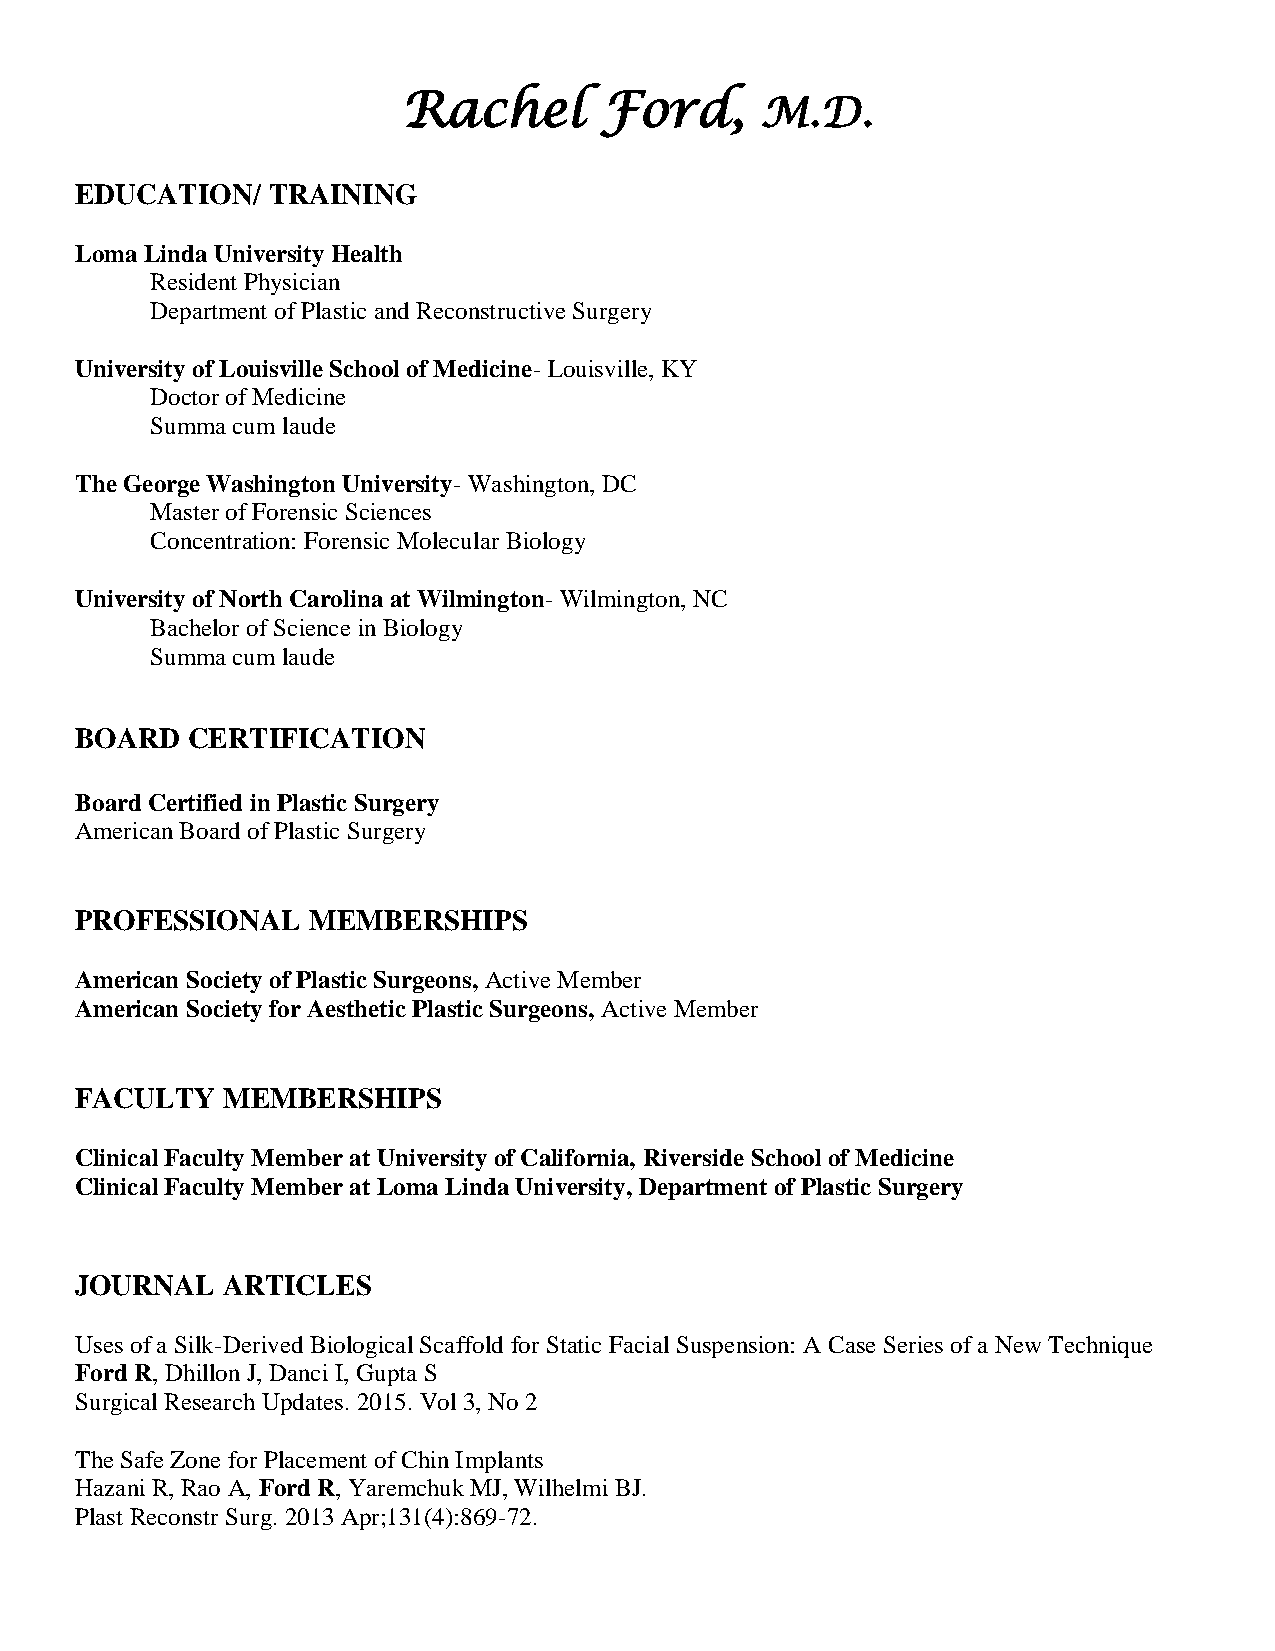
Rachel       Ford,     M.D.
 EDUCATION/   TRAINING
 Loma Linda University Health
 Resident Physician
 Department of Plastic and Reconstructive Surgery
 University of Louisville School of Medicine- Louisville, KY
 Doctor of Medicine
 Summa cum laude
 The George Washington University- Washington, DC
 Master of Forensic Sciences
 Concentration: Forensic Molecular Biology
 University of North Carolina at Wilmington- Wilmington, NC
 Bachelor of Science in Biology
 Summa cum laude
 BOARD  CERTIFICATION
 Board Certified in Plastic Surgery
 American Board of Plastic Surgery
 PROFESSIONAL   MEMBERSHIPS
 American Society of Plastic Surgeons, Active Member
 American Society for Aesthetic Plastic Surgeons, Active Member
 FACULTY   MEMBERSHIPS
 Clinical Faculty Member at University of California, Riverside School of Medicine
 Clinical Faculty Member at Loma Linda University, Department of Plastic Surgery
 JOURNAL   ARTICLES
 Uses of a Silk-Derived Biological Scaffold for Static Facial Suspension: A Case Series of a New Technique
 Ford R, Dhillon J, Danci I, Gupta S
 Surgical Research Updates. 2015. Vol 3, No 2
 The Safe Zone for Placement of Chin Implants
 Hazani R, Rao A, Ford R, Yaremchuk MJ, Wilhelmi BJ.
 Plast Reconstr Surg. 2013 Apr;131(4):869-72.